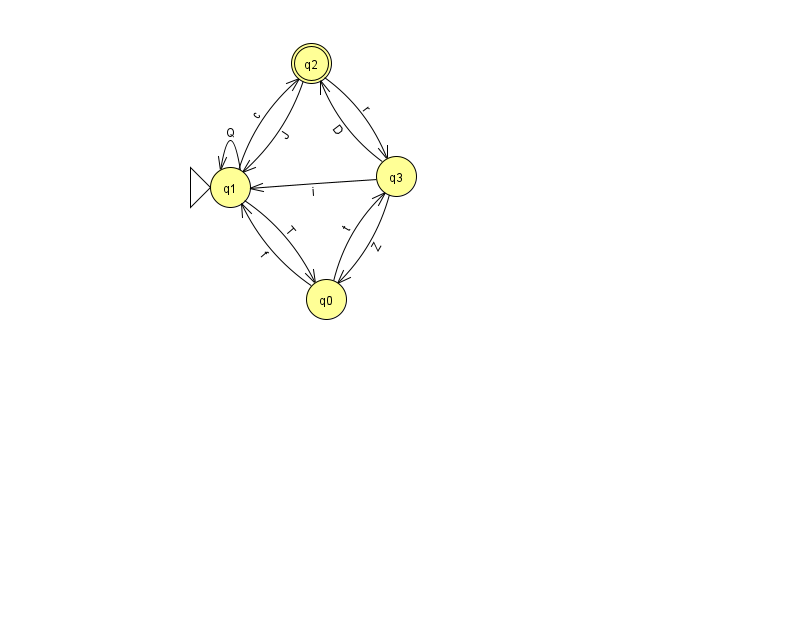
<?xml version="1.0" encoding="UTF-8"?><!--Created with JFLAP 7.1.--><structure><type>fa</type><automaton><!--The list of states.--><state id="0" name="q0"><x>326.0</x><y>286.0</y></state><state id="1" name="q1"><x>230.0</x><y>174.0</y><initial/></state><state id="2" name="q2"><x>311.0</x><y>50.0</y><final/></state><state id="3" name="q3"><x>396.0</x><y>163.0</y></state><!--The list of transitions.--><transition><from>1</from><to>1</to><read>Q</read></transition><transition><from>1</from><to>0</to><read>T</read></transition><transition><from>0</from><to>1</to><read>f</read></transition><transition><from>0</from><to>3</to><read>t</read></transition><transition><from>2</from><to>1</to><read>J</read></transition><transition><from>3</from><to>0</to><read>Z</read></transition><transition><from>3</from><to>2</to><read>D</read></transition><transition><from>3</from><to>1</to><read>i</read></transition><transition><from>2</from><to>3</to><read>r</read></transition><transition><from>1</from><to>2</to><read>c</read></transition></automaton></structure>